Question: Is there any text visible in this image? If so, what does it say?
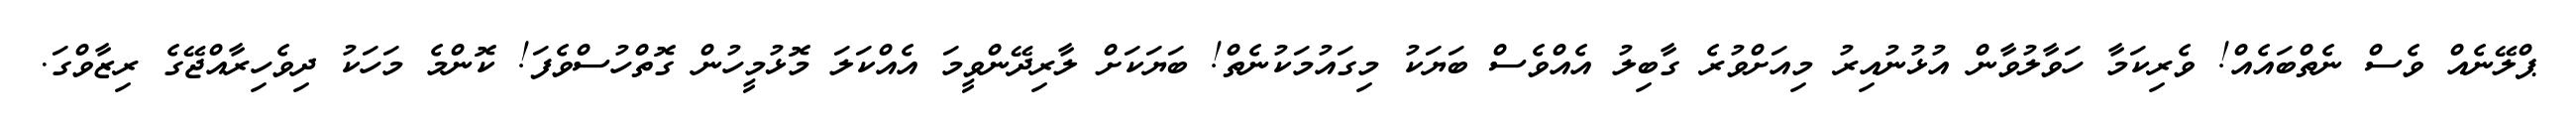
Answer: ޕްލޭނެއް ވެސް ނެތްބައެއް! ވެރިކަމާ ހަވާލުވާން އުޅުނުއިރު މިއަށްވުރެ ގާބިލު އެއްވެސް ބަޔަކު މިގައުމަކުނެތް! ބަޔަކަށް ލާރިދޭންވީމަ އެއްކަލަ މޮޅުމީހުން ގޮތްހުސްވެފަ! ކޮންމެ މަހަކު ދިވެހިރާއްޖޭގެ ރިޒާވްގަ.